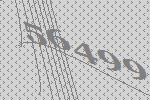
56499